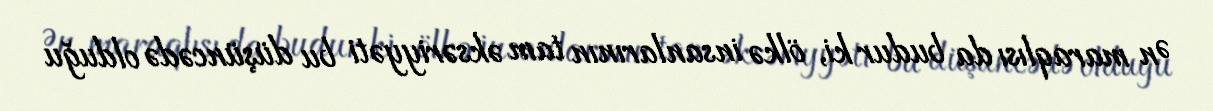
Ən maraqlısı da budur ki, ölkə insanlarının tam əksəriyyəti bu düşüncədə olduğu